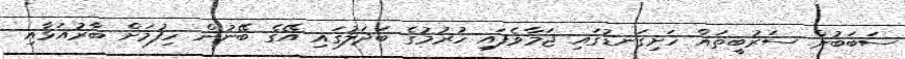
ސަބަބުން ސަރުބީތައް ހަށިގަނޑުގައި ޖަމާވެފައި ހުރުމުގެ ބަދަލުގައި އޭގެ ބޭނުން ހިފުމަށް ބާރުއަޅާއި